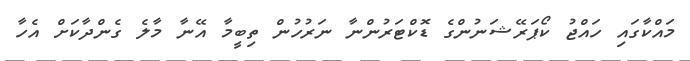
މައްކާގައި ހައްޖު ކޯޕަރޭޝަނުންގެ ޑޮކްޓަރުންނާ ނަރުހުން ތިބީމާ އޭނާ މާލެ ގެންދާކަށް އެހާ